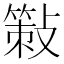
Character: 𢿸